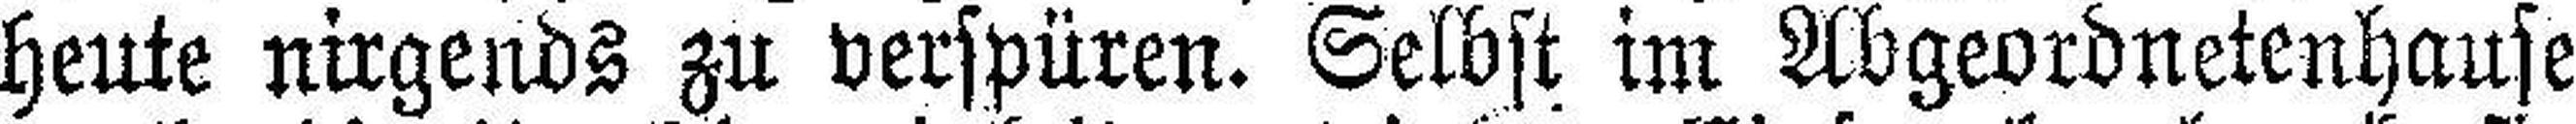
heute nirgends zu verspüren. Selbst im Abgeordnetenhause